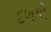
દળકી